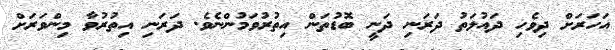
އަހަރަށް ދިވެހި ދައުލަތު ދަރަނި ދަނީ ބޮޑުތަން އިތުރުވަމުންނެވެ. ދަރަނި އިތުރުވާ މިންވަރަށް